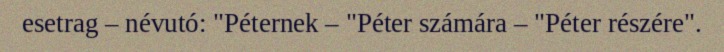
esetrag – névutó: "Péternek – "Péter számára – "Péter részére".